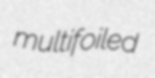
multifoiled